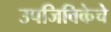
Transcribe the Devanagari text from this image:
उपजिविकेचे